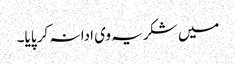
میں شکریہ وی ادا نہ کر پایا۔